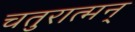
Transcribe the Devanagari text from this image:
चतुरात्मन्